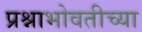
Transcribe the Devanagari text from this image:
प्रश्नाभोवतीच्या